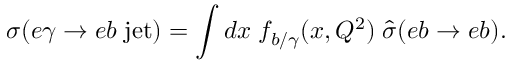
\sigma ( e \gamma \to e b \; \mathrm { j e t } ) = \int d x \; f _ { b / \gamma } ( x , Q ^ { 2 } ) \; \hat { \sigma } ( e b \to e b ) .